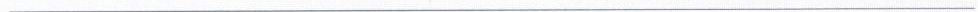
___